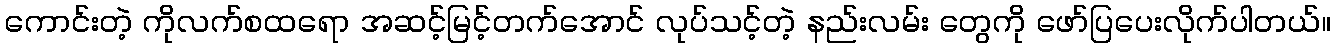
ကောင်းတဲ့ ကိုလက်စထရော အဆင့်မြင့်တက်အောင် လုပ်သင့်တဲ့ နည်းလမ်း တွေကို ဖော်ပြပေးလိုက်ပါတယ်။